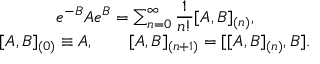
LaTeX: \begin{array} { c } { { e ^ { - B } A e ^ { B } = \sum _ { n = 0 } ^ { \infty } \displaystyle \frac 1 { n ! } [ A , B ] _ { ( n ) } , } } \\ { { { } [ A , B ] _ { ( 0 ) } \equiv A , \qquad [ A , B ] _ { ( n + 1 ) } = [ [ A , B ] _ { ( n ) } , B ] . } } \end{array}